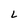
Character: L